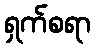
ရှက်စရာ